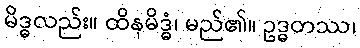
မိဒ္ဓလည်း။ ထိနမိဒ္ဓံ၊ မည်၏။ ဥဒ္ဓတဿ၊